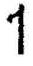
1